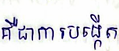
គឺជាការបង្កើត